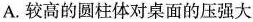
A.较高的圆柱体对桌面的压强大